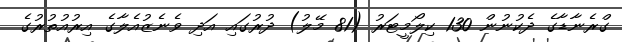
ގްރެނާޑާގެ ދެކުނުން 130 ކިލޯމީޓަރު (81 މޭލު) ދުރުގައި އަދި ވެނެޒުއެލާގެ އިރުއުތުރުގެ